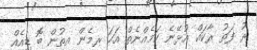
ރު ފަތު ރާކައް އުޅޭނެ ކަމެއްނެތް އަހަ ރމެން އތުން ބޮ ޑިއެއް